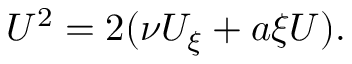
U ^ { 2 } = 2 ( \nu U _ { \xi } + a \xi U ) .